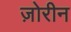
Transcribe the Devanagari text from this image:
ज़ोरीन